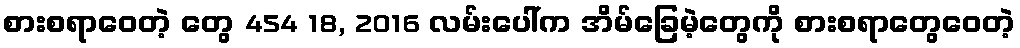
စားစရာဝေတဲ့ တွေ 454 18, 2016 လမ်းပေါ်က အိမ်ခြေမဲ့တွေကို စားစရာတွေဝေတဲ့